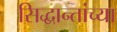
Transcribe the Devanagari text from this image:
सिद्धान्तांच्या